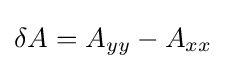
\delta A=A_{yy}-A_{xx}